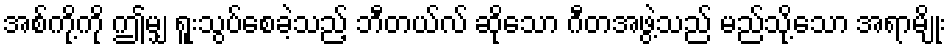
အစ်ကို့ကို ဤမျှ ရူးသွပ်စေခဲ့သည့် ဘီတယ်လ် ဆိုသော ဂီတအဖွဲ့သည် မည်သို့သော အရာမျိုး